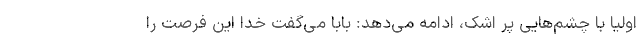
اولیا با چشم‌هایی پر اشک، ادامه می‌دهد: بابا می‌گفت خدا این فرصت را